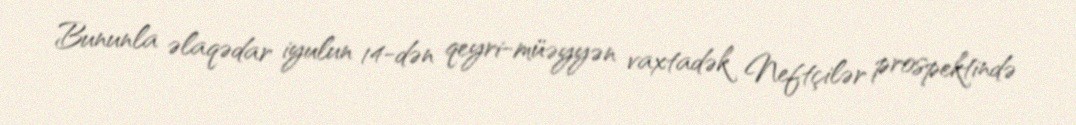
Bununla əlaqədar iyulun 14-dən qeyri-müəyyən vaxtadək Neftçilər prospektində